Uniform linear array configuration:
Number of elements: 12
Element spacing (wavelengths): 1
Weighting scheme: hamming
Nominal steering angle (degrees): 0
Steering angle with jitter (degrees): -1.401
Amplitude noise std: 0.05
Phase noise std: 0.05

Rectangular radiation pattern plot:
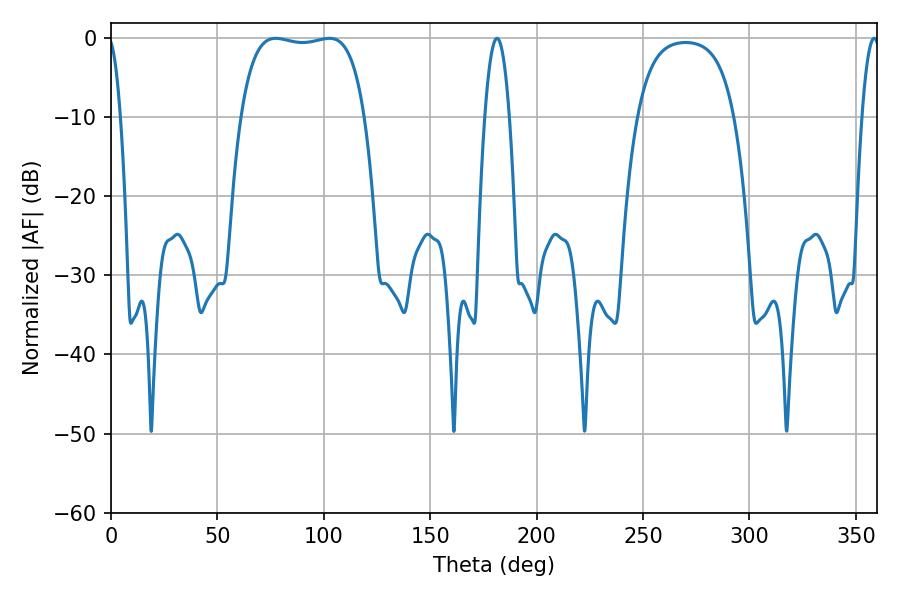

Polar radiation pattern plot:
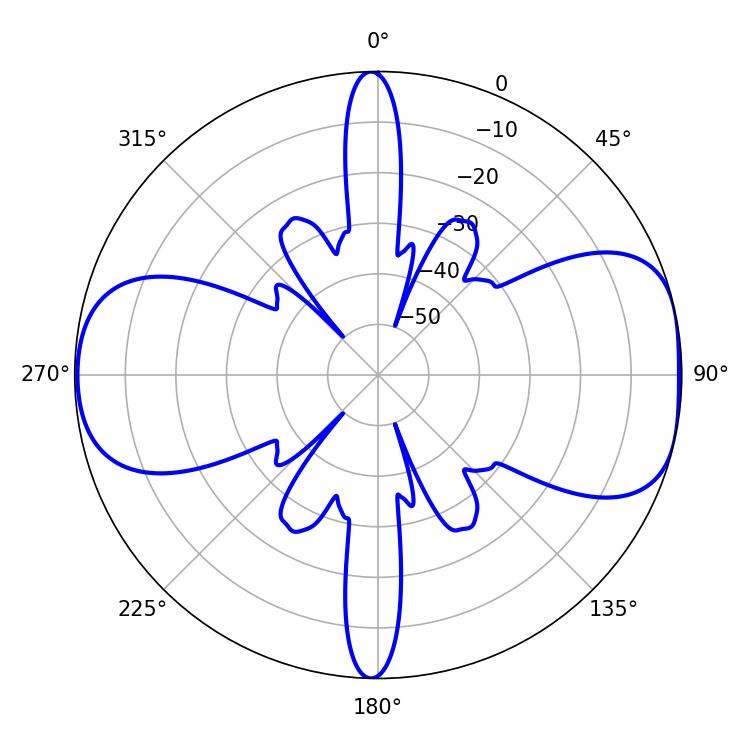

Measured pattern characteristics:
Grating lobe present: TRUE
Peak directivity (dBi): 8.481
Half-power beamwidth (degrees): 46.44
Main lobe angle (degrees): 77.4